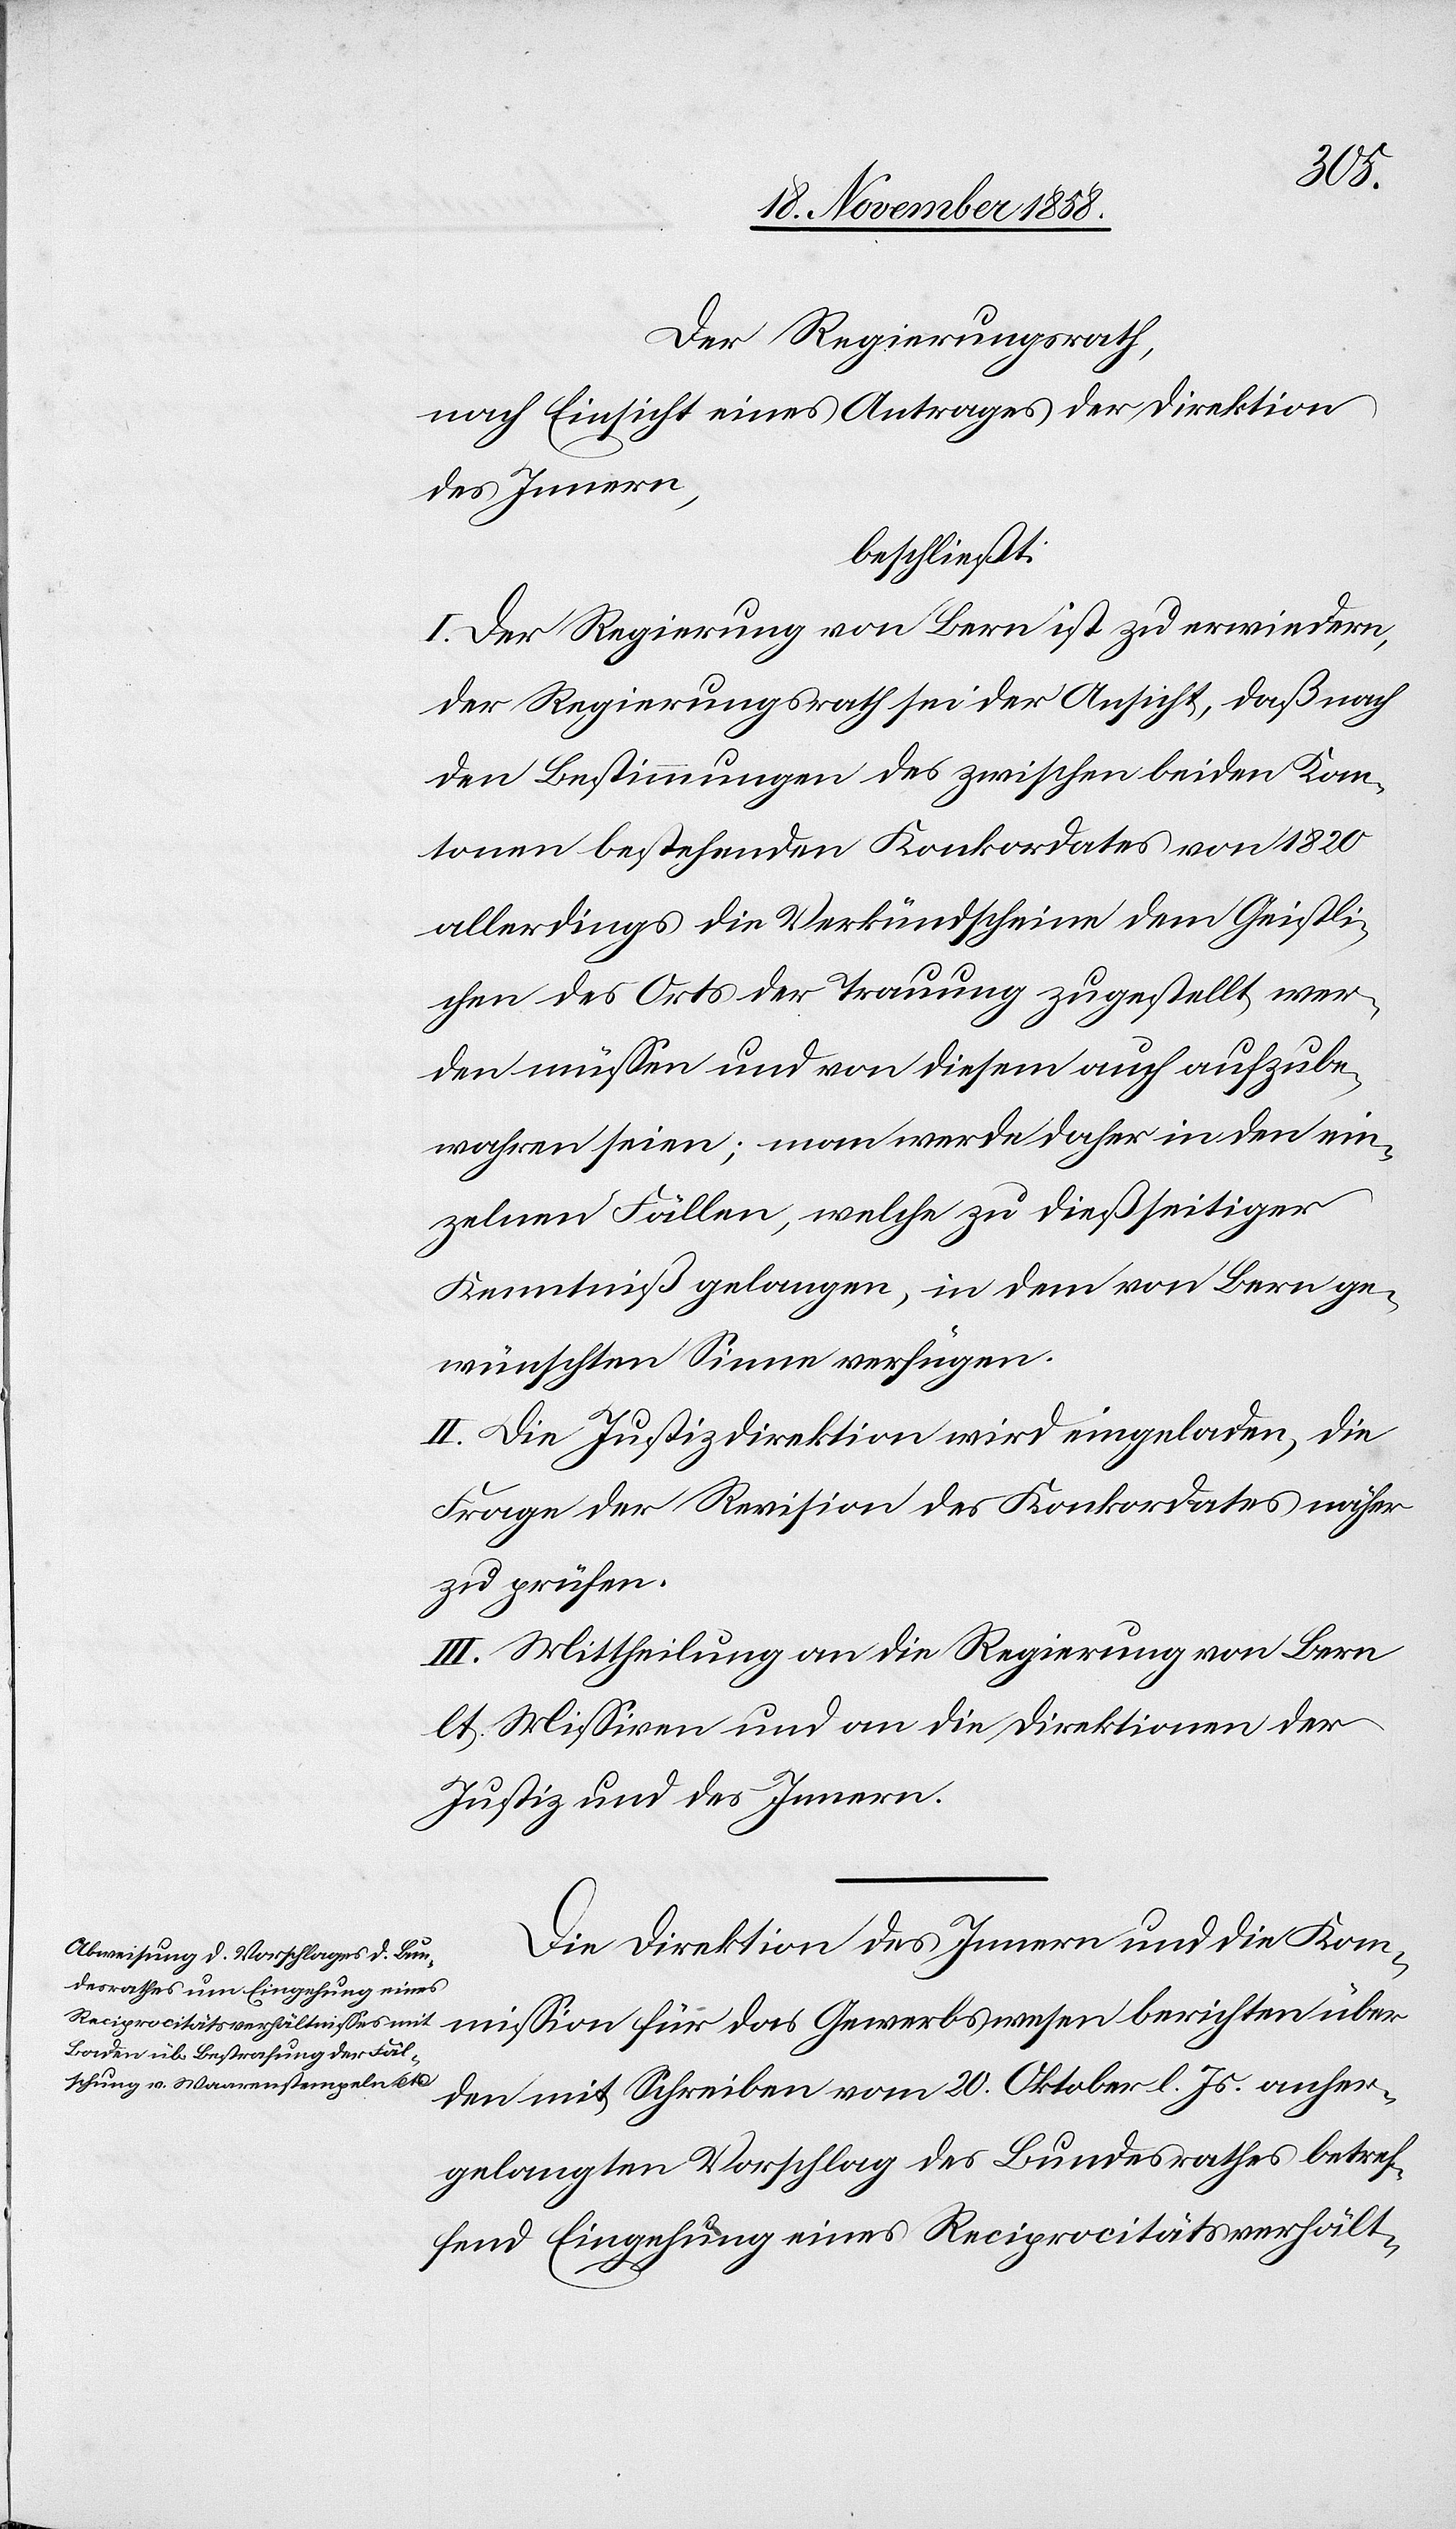
sion
Der Regierungsrath,
nach Einsicht eines Antrages der Direktion
des Innern,
beschließt:
I. Der Regierung von Bern ist zu erwiedern,
der Regeirungsrath sei der Ansicht, daß nach
den Bestimmungen des zwischen beiden Kan¬
tonen bestehenden Konkordates von 1820
allerdings die Verkündscheine dem Geistli¬
chen des Orts der Trauung zugestellt wer¬
den müssen und von diesem auch aufzube¬
wahren seien; man werde daher in den ein¬
zelnen Fällen, welche zu dießseitiger
Kenntniß gelangen, in dem von Bern ge¬
wünschten Sinne verfügen.
II. Die Justizdirektion wird eingeladen, die
Frage der Revision des Konkordates näher
zu prüfen.
III. Mittheilung an die Regierung von Bern
lt. Missiven und an die Direktionen der
Justiz und des Innern.
Die Direktion des Innern und die Kommis¬
den mit Schreiben vom 20. Oktober l. Js. anher¬
gelangten Vorschlag des Bundesrathes betref¬
fend Eingehung eines Reciprocitätsverhält-